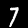
Digit: 7